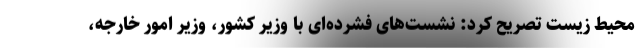
محیط زیست تصریح کرد: نشست‌های فشرده‌ای با وزیر کشور، وزیر امور خارجه،